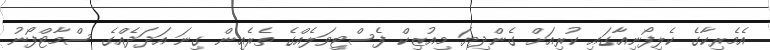
އެމެރިކާގެ ކެލިފޯނިއާގައި ކުރިއަށް ގެންދިޔަ މިއުޒިކް ފެސްޓިވަލެއްގެ ތެރެއިން ގިނަ އަދަދެއްގެ ސްމާޓްފޯނު